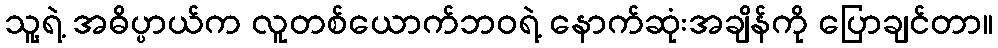
သူ့ရဲ့ အဓိပ္ပာယ်က လူတစ်ယောက်ဘဝရဲ့ နောက်ဆုံးအချိန်ကို ပြောချင်တာ။